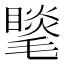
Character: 𣰍